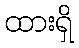
ထားရှိ